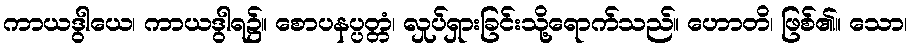
ကာယဒွါယေ၊ ကာယဒွါရ၌။ စောပနပ္ပတ္တံ၊ လှုပ်ရှားခြင်းသို့ရောက်သည်။ ဟောတိ၊ ဖြစ်၏။ သော၊